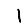
Digit: 1